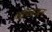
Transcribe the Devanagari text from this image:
आपनजन